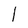
Character: l